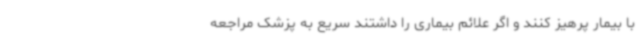
با بیمار پرهیز کنند و اگر علائم بیماری را داشتند سریع به پزشک مراجعه